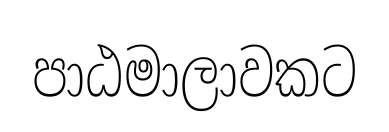
පාඨමාලාවකට